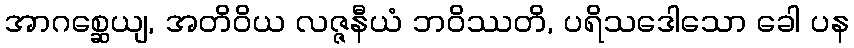
အာဂစ္ဆေယျ, အတိဝိယ လဇ္ဇနီယံ ဘဝိဿတိ, ပရိသဒေါသော ခေါ ပန